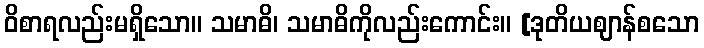
ဝိစာရလည်းမရှိသော။ သမာဓိ၊ သမာဓိကိုလည်းကောင်း။ [ဒုတိယဈာန်စသော